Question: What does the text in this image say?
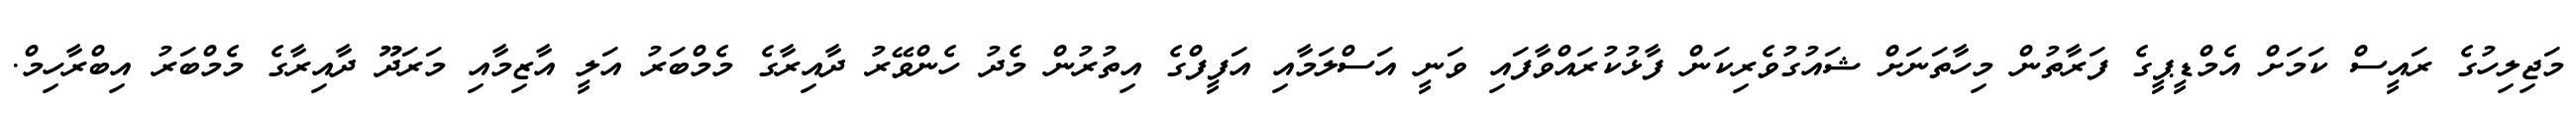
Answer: މަޖިލިހުގެ ރައީސް ކަމަށް އެމްޑީޕީގެ ފަރާތުން މިހާތަނަށް ޝައުގުވެރިކަން ފާޅުކުރައްވާފައި ވަނީ އަސްލަމާއި އަފީފްގެ އިތުރުން މެދު ހެންވޭރު ދާއިރާގެ މެމްބަރު އަލީ އާޒިމާއި މަރަދޫ ދާއިރާގެ މެމްބަރު އިބްރާހިމް.